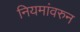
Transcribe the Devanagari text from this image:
नियमांवरुन